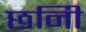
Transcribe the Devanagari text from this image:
छनिी